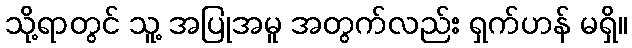
သို့ရာတွင် သူ့ အပြုအမူ အတွက်လည်း ရှက်ဟန် မရှိ။